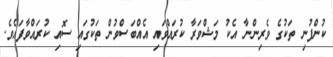
ކުންފުނި ތަކުގެ ވެރިންނާ އެކު މަޝްވަރާ ކުރައްވައި އެއްބަސްވުން ތަކުގައި ސޮއި ކުރައްވާފައެވެ.